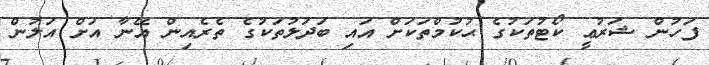
ފަހުން ޝަރުޢީ ކޯޓުތަކުގެ ޙުކުމްތަކަށް އައި ބަދަލުތަކުގެ ތެރެއިން އޭނާ އަށް އަލުން